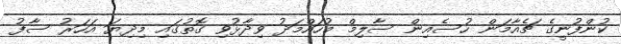
ކުންފުނީގެ ޗެއާމަން ހުސެއިން ސާލިމް މުހައްމަދު ވިދާޅުވި ގޮތުގައި މިދިޔަ އަހަރު ސާފު